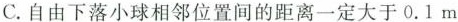
C. 自由下落小球相邻位置间的距离一定大于0.1m